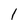
Character: 1